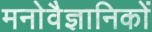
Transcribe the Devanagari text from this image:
मनाेवैज्ञानिकाें